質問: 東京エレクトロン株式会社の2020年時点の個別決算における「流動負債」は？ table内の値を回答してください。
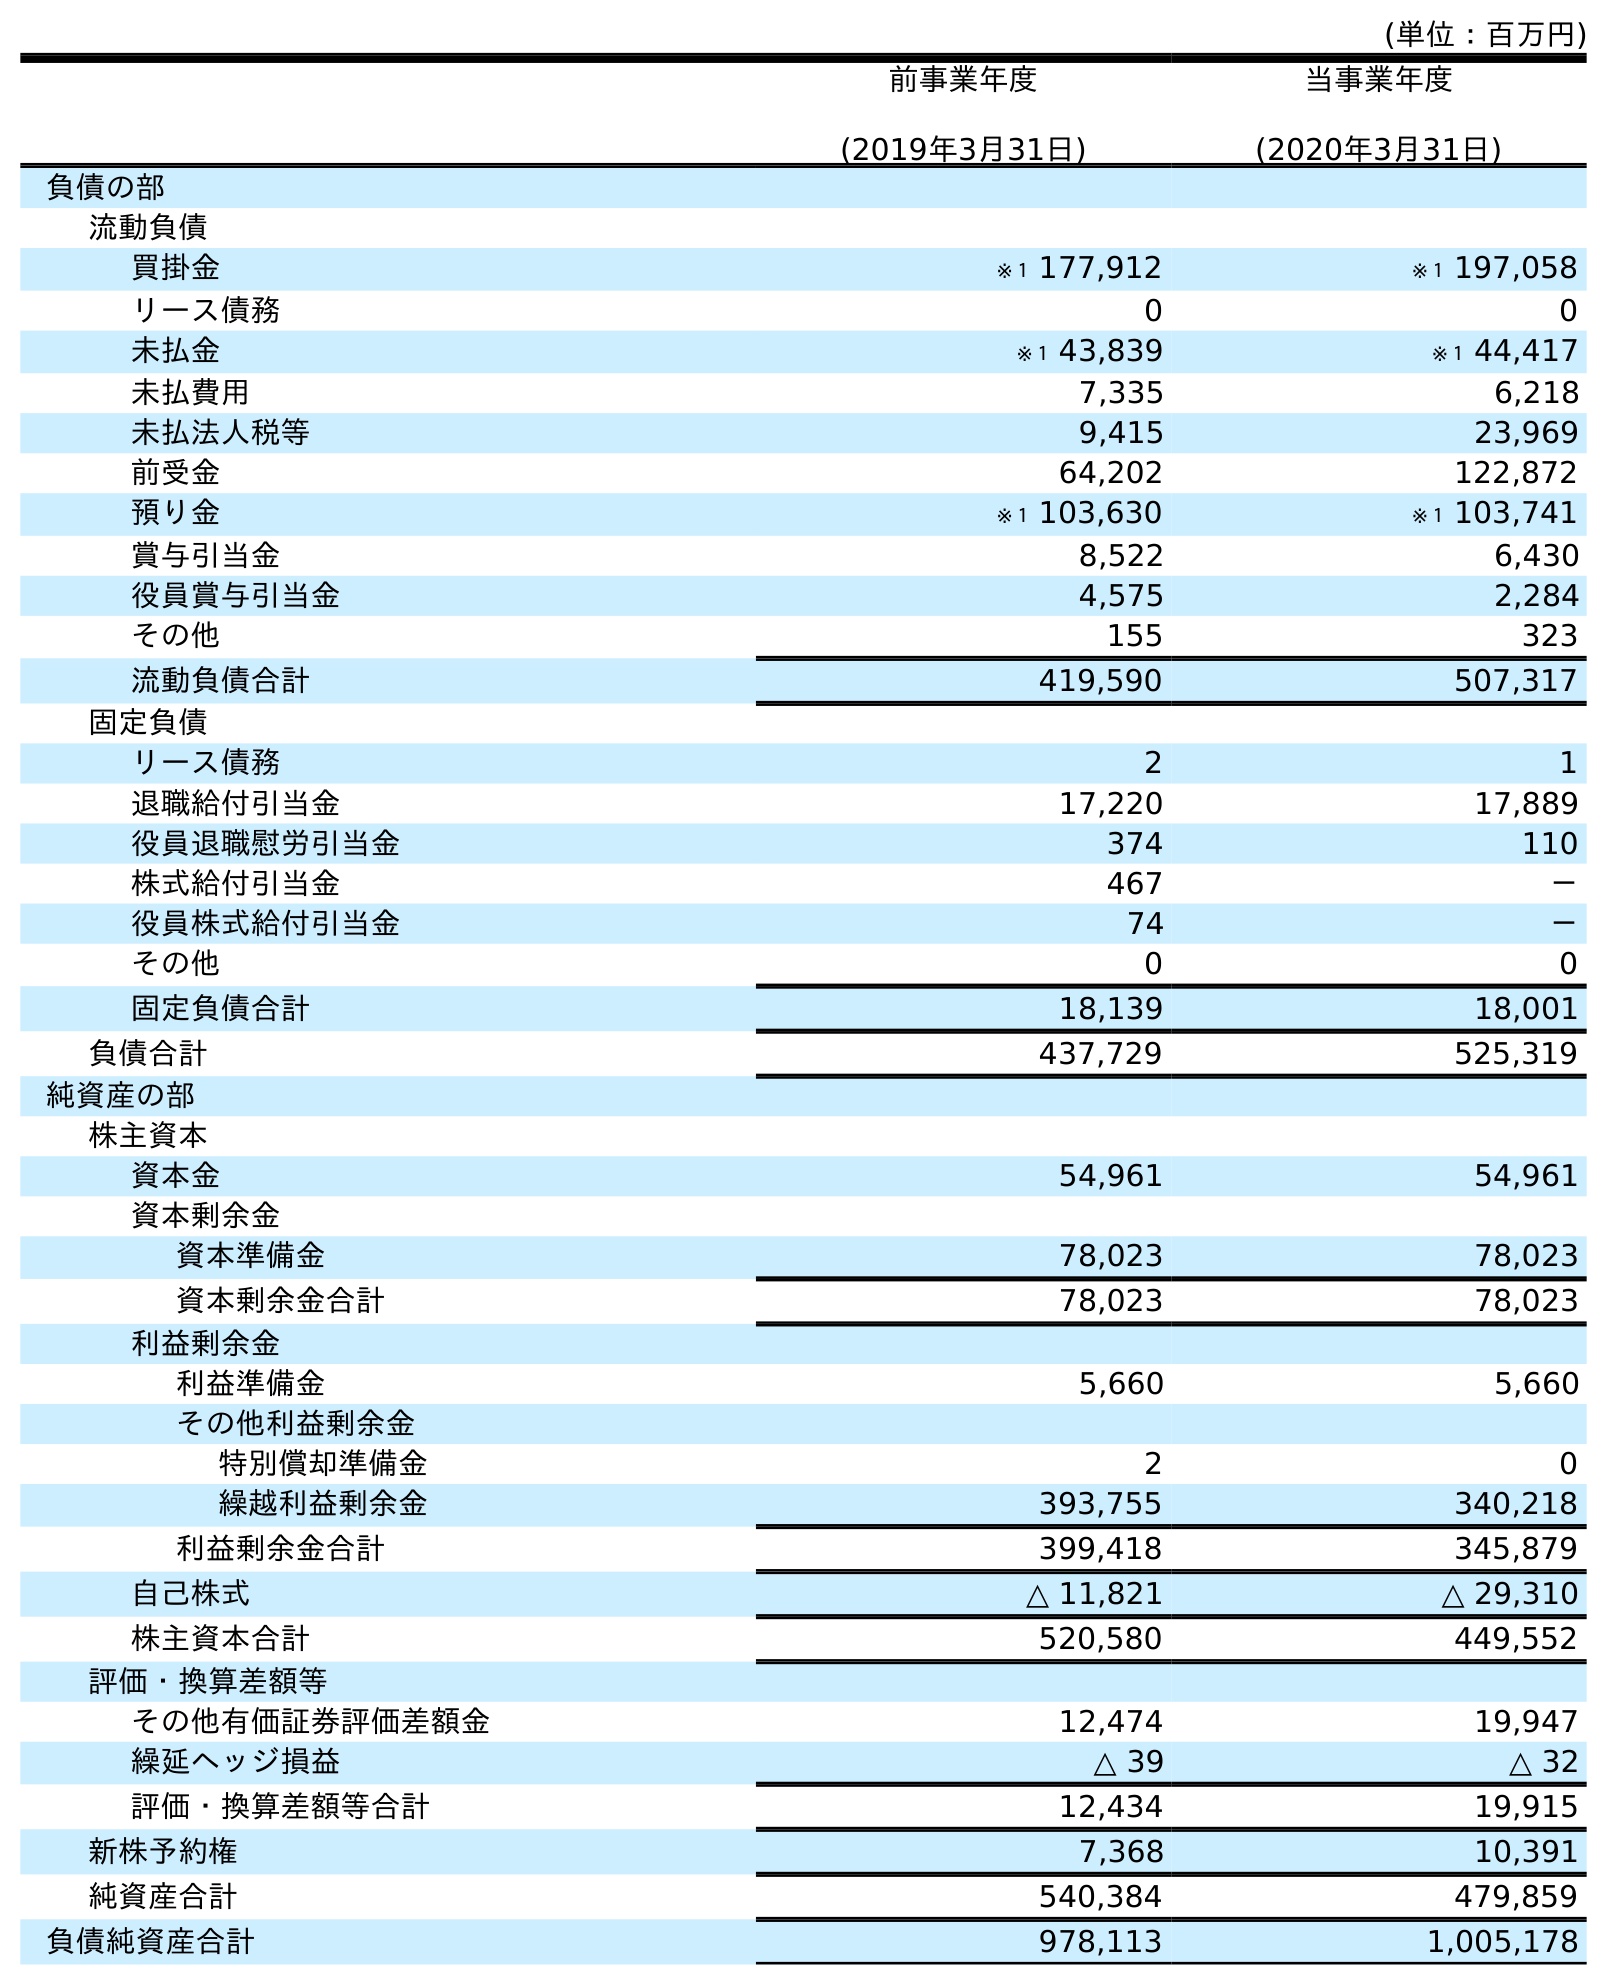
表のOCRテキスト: (単位：百万円) 前事業年度 (2019年3月31日) 当事業年度 (2020年3月31日) 負債の部 流動負債 買掛金 ※１ 177,912 ※１ 197,058 リース債務 0 0 未払金 ※１ 43,839 ※１ 44,417 未払費用 7,335 6,218 未払法人税等 9,415 23,969 前受金 64,202 122,872 預り金 ※１ 103,630 ※１ 103,741 賞与引当金 8,522 6,430 役員賞与引当金 4,575 2,284 その他 155 323 流動負債合計 419,590 507,317 固定負債 リース債務 2 1 退職給付引当金 17,220 17,889 役員退職慰労引当金 374 110 株式給付引当金 467 － 役員株式給付引当金 74 － その他 0 0 固定負債合計 18,139 18,001 負債合計 437,729 525,319 純資産の部 株主資本 資本金 54,961 54,961 資本剰余金 資本準備金 78,023 78,023 資本剰余金合計 78,023 78,023 利益剰余金 利益準備金 5,660 5,660 その他利益剰余金 特別償却準備金 2 0 繰越利益剰余金 393,755 340,218 利益剰余金合計 399,418 345,879 自己株式 △ 11,821 △ 29,310 株主資本合計 520,580 449,552 評価・換算差額等 その他有価証券評価差額金 12,474 19,947 繰延ヘッジ損益 △ 39 △ 32 評価・換算差額等合計 12,434 19,915 新株予約権 7,368 10,391 純資産合計 540,384 479,859 負債純資産合計 978,113 1,005,178
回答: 507,317